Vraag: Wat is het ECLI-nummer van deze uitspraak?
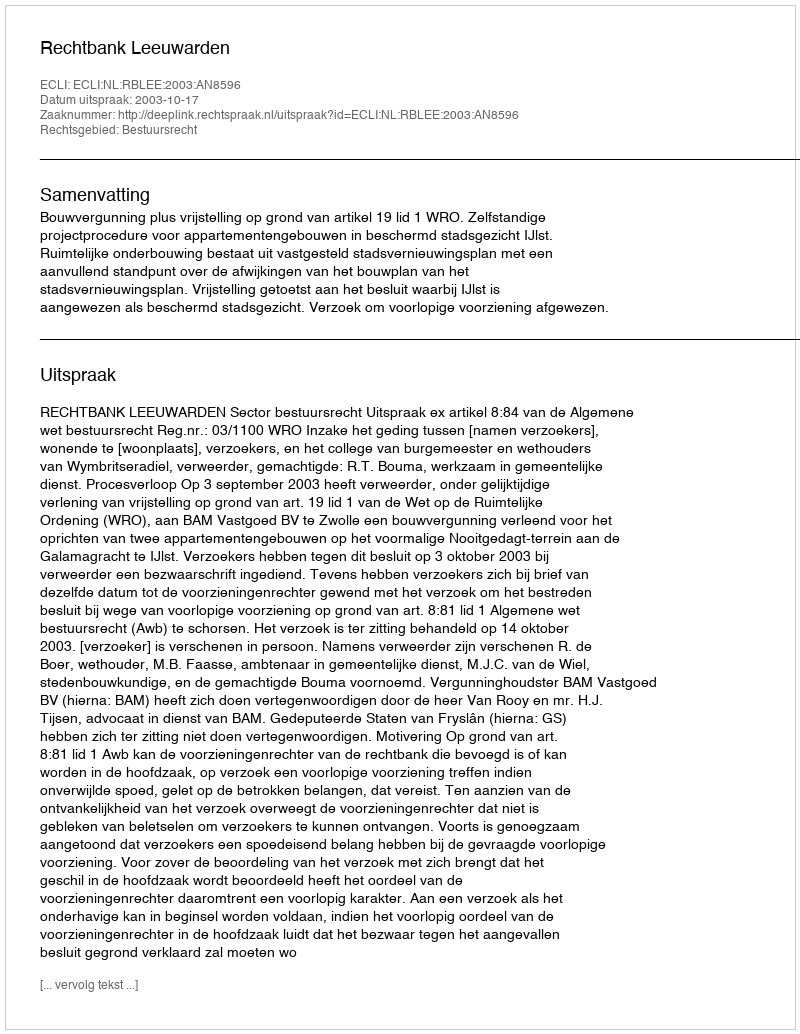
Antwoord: ECLI:NL:RBLEE:2003:AN8596